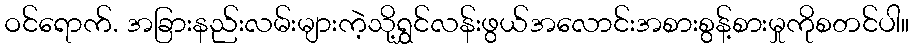
ဝင်ရောက်. အခြားနည်းလမ်းများကဲ့သို့ရွှင်လန်းဖွယ်အလောင်းအစားစွန့်စားမှုကိုစတင်ပါ။